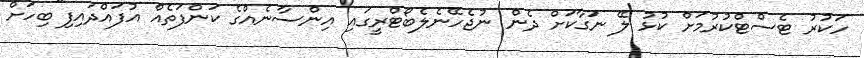
ހަކުރު ޓެސްޓްކުރުމަށް ކުޅު ލޭ ނަގާކަށް ދެން ނުޖެހޭނެލެބޯޓްރީގައި އިންސާނެއްގެ ކަންފަތެއް އުފައްދައިފި"ބިހަށް